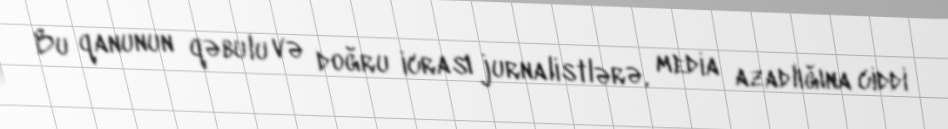
Bu qanunun qəbulu və doğru icrası jurnalistlərə, media azadlığına ciddi